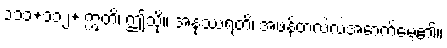
၁၁၁+၁၁၂+ ဣတိ၊ ဤသို့။ အနုဿရတိ၊ အဖန်တလဲလဲအောက်မေ့၏။